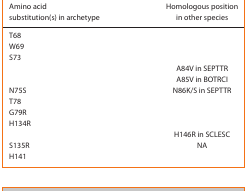
<table><thead><tr><td><b>Amino acid substitution(s) in archetype</b></td><td><b>Homologous position in other species</b></td></tr></thead><tbody><tr><td>T68</td><td>[EMPTY_CELL]</td></tr><tr><td>W69</td><td>[EMPTY_CELL]</td></tr><tr><td rowspan="3">S73</td><td>[EMPTY_CELL]</td></tr><tr><td>A84V in SEPTTR</td></tr><tr><td>A85V in BOTRCI</td></tr><tr><td>N75S</td><td>N86K/S in SEPTTR</td></tr><tr><td>T78</td><td>[EMPTY_CELL]</td></tr><tr><td>G79R</td><td>[EMPTY_CELL]</td></tr><tr><td rowspan="2">H134R</td><td>[EMPTY_CELL]</td></tr><tr><td>H146R in SCLESC</td></tr><tr><td>S135R</td><td>NA</td></tr><tr><td>H141</td><td>[EMPTY_CELL]</td></tr></tbody></table>